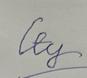
Signature authenticity: forged